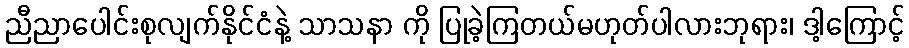
ညီညာပေါင်းစုလျက်နိုင်ငံနဲ့ သာသနာ ကို ပြုခဲ့ကြတယ်မဟုတ်ပါလားဘုရား၊ ဒါ့ကြောင့်